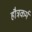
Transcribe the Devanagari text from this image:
हौत्रकर्म